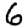
Digit: 6